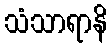
သံသာရာနိ